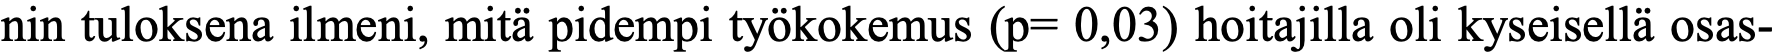
nin tuloksena ilmeni, mitä pidempi työkokemus (p= 0,03) hoitajilla oli kyseisellä osas-